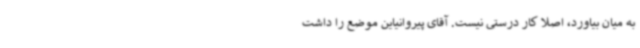
به میان بیاورد، اصلا کار درستی نیست. آقای پیروانیاین موضع را داشت